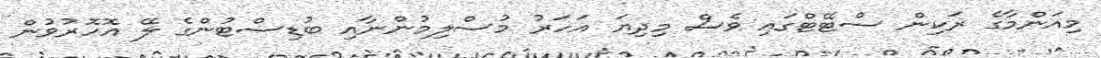
މިއަންމާގެ ރަކިން ސްޓޭޓްގައި ވެސް މިދިޔަ އަހަރު މުސްލިމުންނާއި ބުޑިސްޓުންގެ ލޭ އޮހޮރުވުން